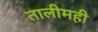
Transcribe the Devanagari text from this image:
तालीमही